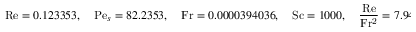
\mathrm { R e } = 0 . 1 2 3 3 5 3 , \quad \mathrm { P e } _ { s } = 8 2 . 2 3 5 3 , \quad \mathrm { F r } = 0 . 0 0 0 0 3 9 4 0 3 6 , \quad \mathrm { S c } = 1 0 0 0 , \quad \frac { \mathrm { R e } } { \mathrm { F r ^ { 2 } } } = 7 . 9 4 4 6 8 \times 1 0 ^ { 7 } .